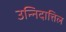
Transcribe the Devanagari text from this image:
उन्निदात्तिल